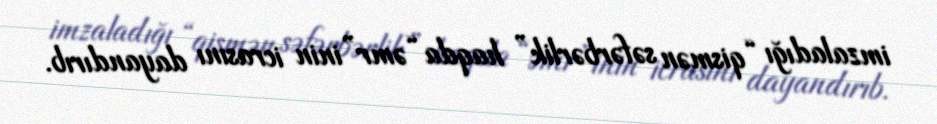
imzaladığı “qismən səfərbərlik” haqda “əmr”inin icrasını dayandırıb.